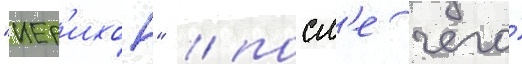
"иер'ихон" / посл'е чего́